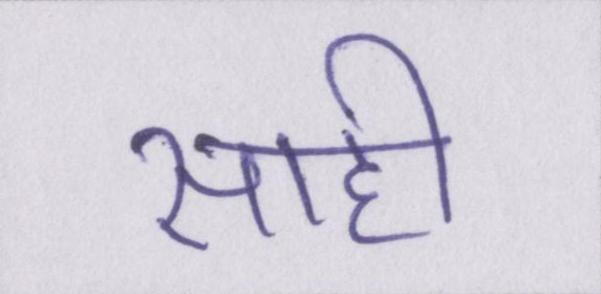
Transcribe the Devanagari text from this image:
साही